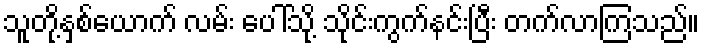
သူတို့နှစ်ယောက် လမ်း ပေါ်သို့ သိုင်းကွက်နင်းပြီး တက်လာကြသည်။